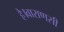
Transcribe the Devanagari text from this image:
है।वाराणसी